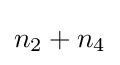
n_{2}+n_{4}\,\!